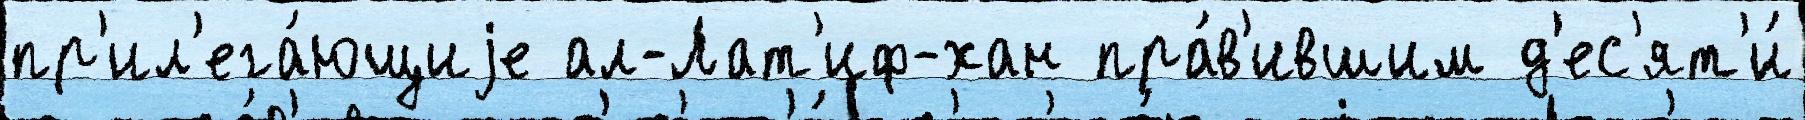
пр'ил'ега́ющиjе ал-Лат'иф-хан пра́в'ившим д'ес'ят'и́